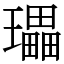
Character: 瓃